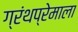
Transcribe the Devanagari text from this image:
ग्रंथप्रेमाला